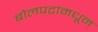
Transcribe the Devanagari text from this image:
बोलपटांमधून